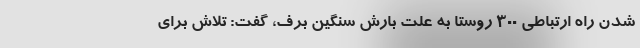
شدن راه ارتباطی ۳۰۰‌ روستا به علت بارش سنگین برف، گفت: تلاش برای